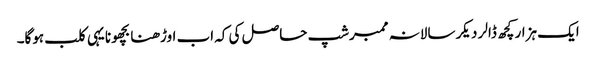
ایک ہزار کچھ ڈالر دیکر سالانہ ممبرشپ حاصل کی کہ اب اوڑھنا بچھونا یہی کلب ہوگا۔